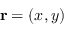
\mathbf { r } = ( x , y )